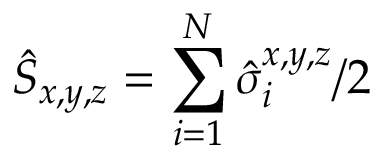
\hat { S } _ { x , y , z } = \sum _ { i = 1 } ^ { N } \hat { \sigma } _ { i } ^ { x , y , z } / 2